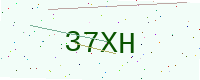
Text: 37XH